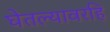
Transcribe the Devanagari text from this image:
घेतल्यावरहि